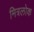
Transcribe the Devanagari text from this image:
मित्रलोक